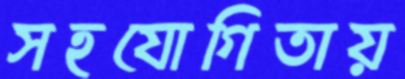
সহযোগিতায়